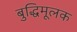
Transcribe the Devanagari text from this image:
बुद्धिमूलक